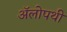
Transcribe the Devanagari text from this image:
अॅलोपथी